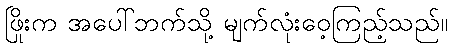
ဖြိုးက အပေါ်ဘက်သို့ မျက်လုံးဝေ့ကြည့်သည်။